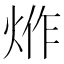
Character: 𤉔